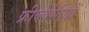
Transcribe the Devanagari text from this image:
फ्रीक्वेंसीयों